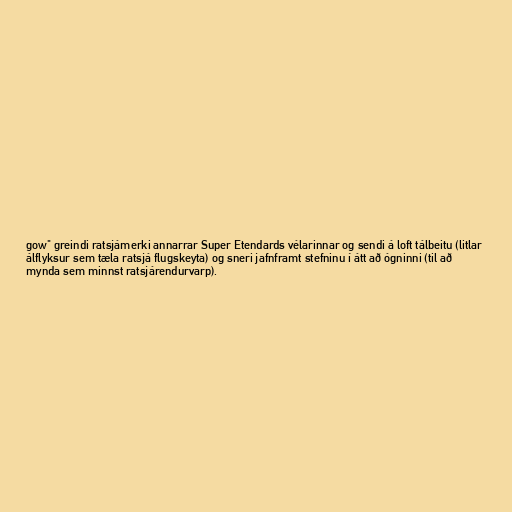
gow" greindi ratsjámerki annarrar Super Etendards vélarinnar og sendi á loft tálbeitu (litlar
álflyksur sem tæla ratsjá flugskeyta) og sneri jafnframt stefninu í átt að ógninni (til að
mynda sem minnst ratsjárendurvarp).